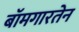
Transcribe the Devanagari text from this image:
बॉमगारतेन